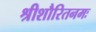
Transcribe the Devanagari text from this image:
श्रीशौरितनमः